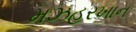
મઝહરખાન